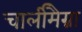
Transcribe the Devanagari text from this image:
चार्लीमैग्ना